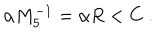
LaTeX: \alpha M _ { 5 } ^ { - 1 } = \alpha R < C \ .